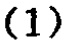
$(1)$